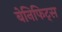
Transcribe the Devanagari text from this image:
बेनिफिट्स